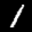
Label: 1